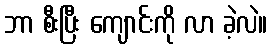
ဘာ စီးပြီး ကျောင်းကို လာ ခဲ့လဲ။